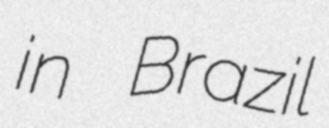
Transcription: in Brazil